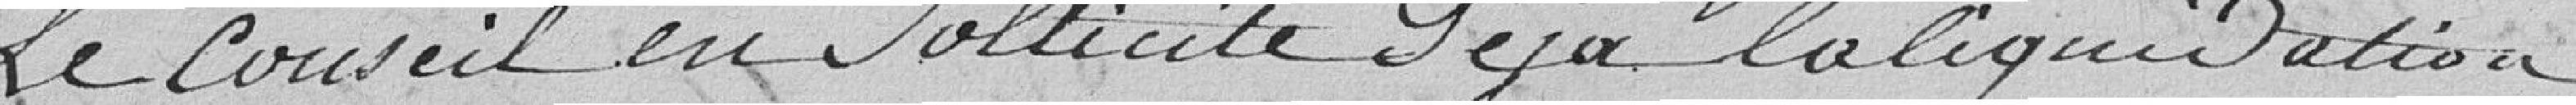
Le Conseil en sollicite déjà la liquidation